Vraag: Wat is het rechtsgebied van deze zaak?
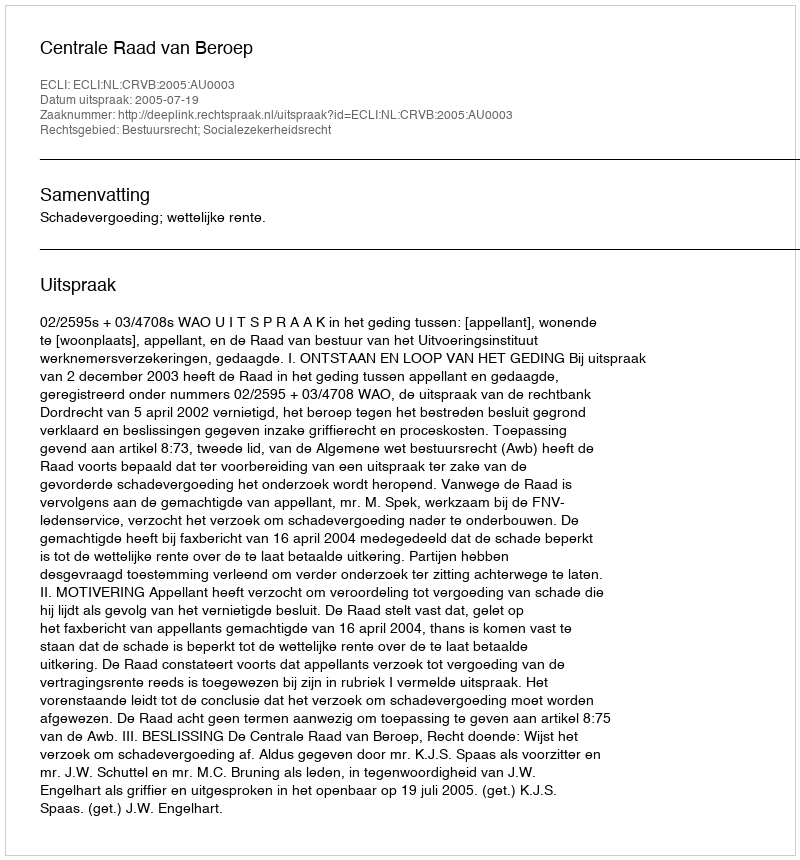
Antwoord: Bestuursrecht; Socialezekerheidsrecht